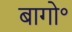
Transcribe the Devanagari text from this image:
बागो॰